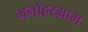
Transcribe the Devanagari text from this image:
मनोहरग्राम